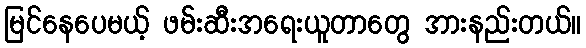
မြင်နေပေမယ့် ဖမ်းဆီးအရေးယူတာတွေ အားနည်းတယ်။